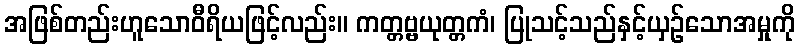
အဖြစ်တည်းဟူသောဝီရိယဖြင့်လည်း။ ကတ္တဗ္ဗယုတ္တကံ၊ ပြုသင့်သည်နှင့်ယှဉ်သောအမှုကို